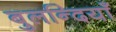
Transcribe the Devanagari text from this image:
बुलन्दियाँ